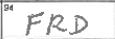
Transcription: FRD